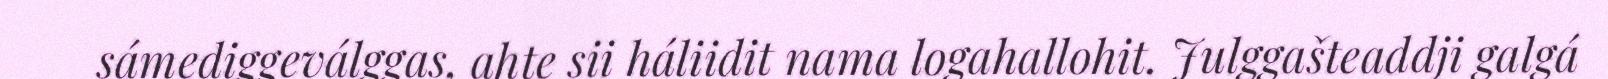
sámediggeválggas, ahte sii háliidit nama logahallohit. Julggašteaddji galgá